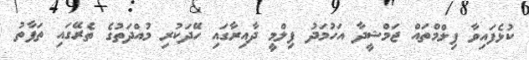
ކުޅެފައިވާ ފިލްމްތައް ޖަމްޝީދާ އަހުމަދު ފިލްމީ ދާއިރާގައި ހޭދަކުރި މުއްދަތުގެ ތެރޭގައި ތަފާތު